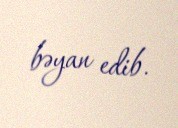
bəyan edib.